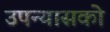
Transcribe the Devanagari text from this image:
उपन्यासको